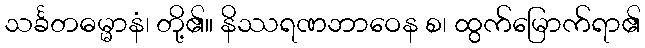
သင်္ခတဓမ္မာနံ၊ တို့၏။ နိဿရဏဘာဝေန စ၊ ထွက်မြောက်ရာ၏